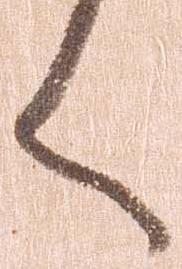
く